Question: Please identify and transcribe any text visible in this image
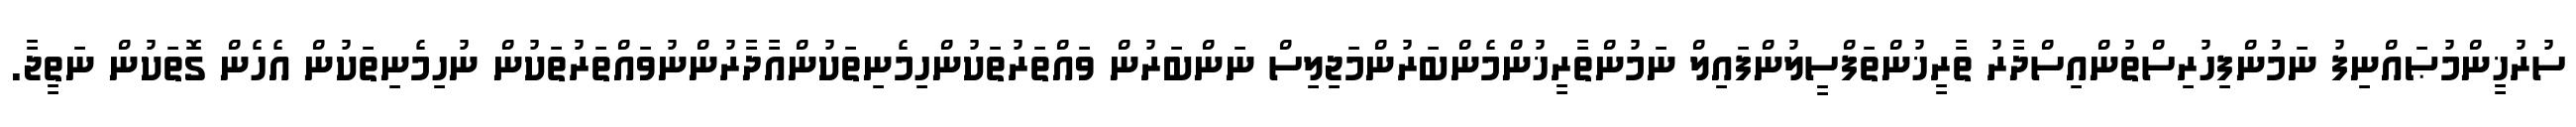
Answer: ސުރުޚީންމުޞައްނިފު ނަމުންފިހުރިސްތުންއިސްދާރު ތާރީޚުންތަފްސީލުންފައިލް ނަމުންތާރީޚުންމެންބަރުންމަޖިލިސް ނަންބަރުން ވައްތަރުތަކުންހިމެނިތަކުންއާދާރުންނުވައްތަރުތަކުން ނުހިމެނިތަކުން އެހެން ގޮތަކުން ނަތީޖާ.